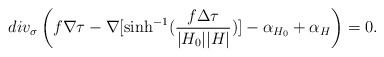
\begin{align*} div_\sigma\left(f \nabla \tau - \nabla [ \sinh^{-1} (\frac{f \Delta \tau }{|H_0||H|})] - \alpha_{H_0} + \alpha_{H}\right)=0.\end{align*}